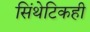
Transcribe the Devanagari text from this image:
सिंथेटिकही